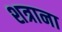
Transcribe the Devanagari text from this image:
शत्राना